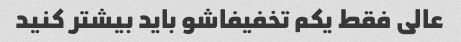
عالی فقط یکم تخفیفاشو باید بیشتر کنید